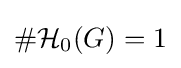
\#{\mathcal {H}}_{0}(G)=1